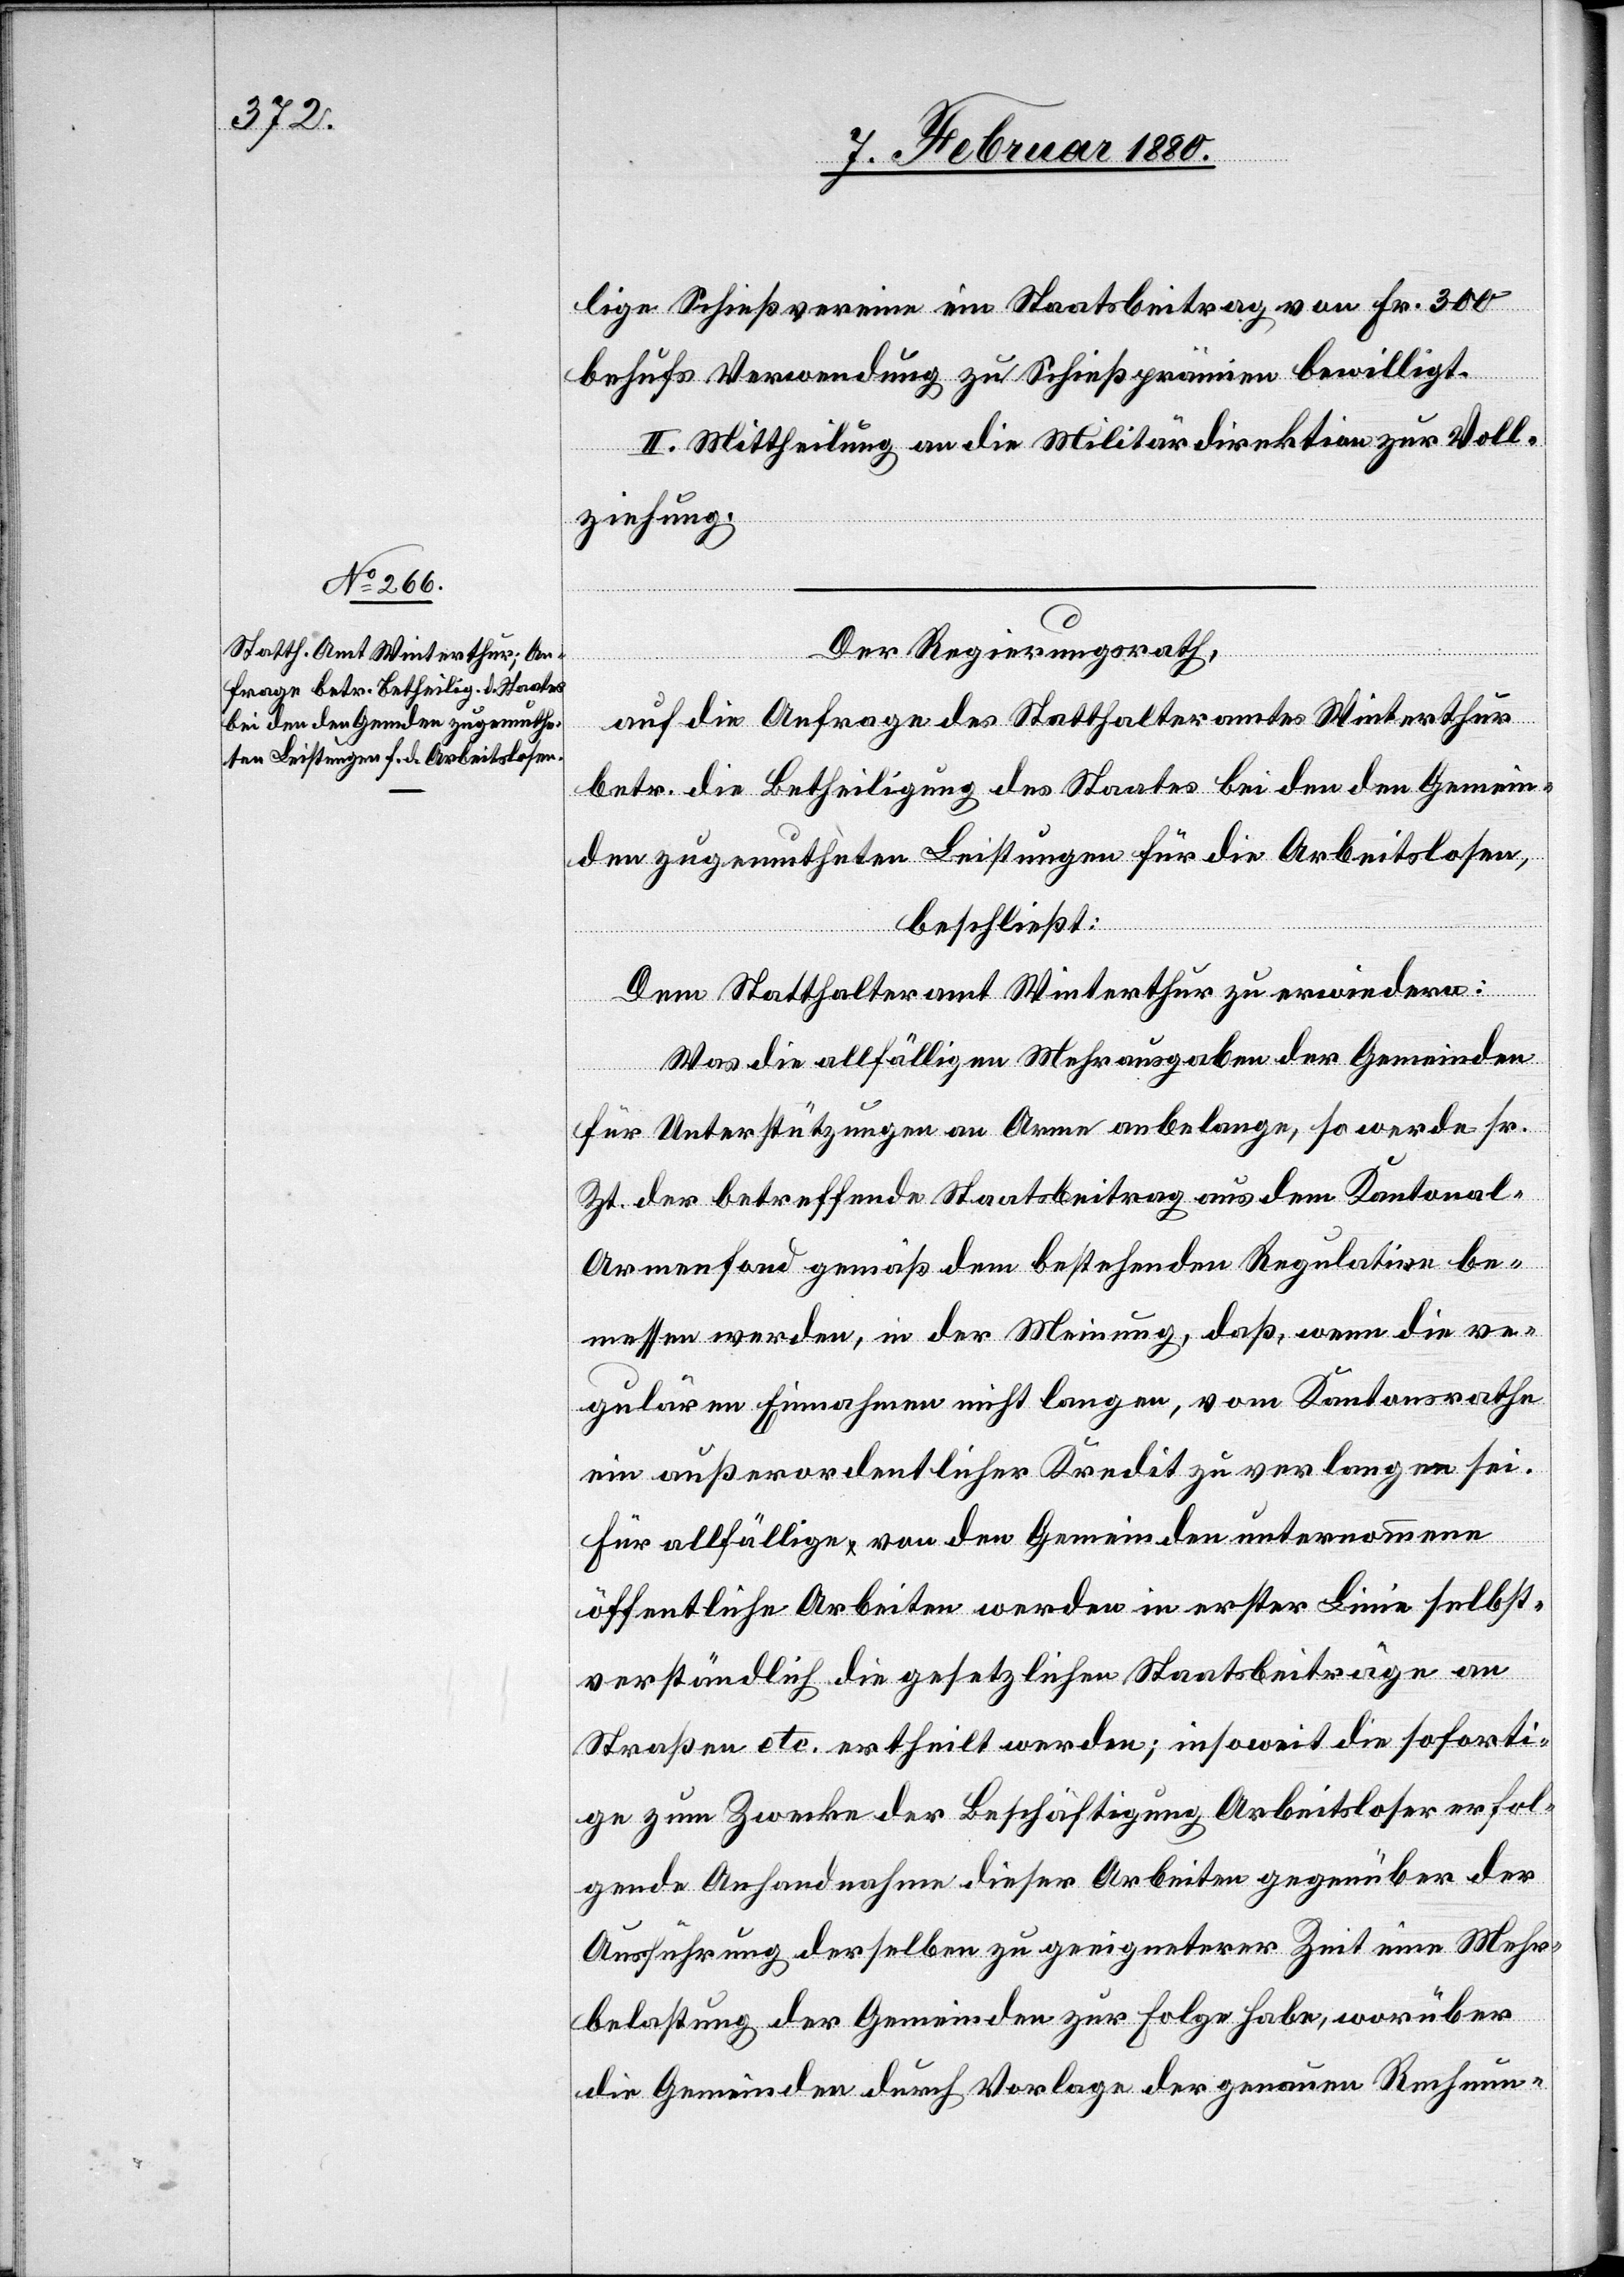
lige Schießvereine ein Staatsbeitrag von Fr. 300
behufs Verwendung zu Schießprämien bewilligt.
II. Mittheilung an die Militärdirektion zur Voll¬
ziehung.
Der Regierungsrath,
auf die Anfrage des Statthalteramtes Winterthur
betr. die Betheiligung des Staates bei den den Gemein¬
den zugemutheten Leistungen für die Arbeitslosen,
beschließt:
Dem Statthalteramt Winterthur zu erwiedern:
Was die allfälligen Mehrausgaben der Gemeinden
für Unterstützungen an Arme anbelange, so werde sr.
Zt. der betreffende Staatsbeitrag aus dem Kantonal-A¬
rmenfond gemäß dem bestehenden Regulative be¬
messen werden, in der Meinung, daß, wenn die re¬
gulären Einnahmen nicht langen, vom Kantonsrathe
ein außerordentlicher Kredit zu verlangen sei.
Für allfällige von den Gemeinden unternommene
öffentliche Arbeiten werden in erster Linie selbst¬
verständlich die gesetzlichen Staatsbeiträge an
Straßen etc. ertheilt werden; insoweit die soforti¬
ge zum Zwecke der Beschäftigung Arbeitsloser erfol¬
gende Anhandnahme dieser Arbeiten gegenüber der
Ausführung derselben zu geeigneterer Zeit eine Mehr¬
belastung der Gemeinden zur Folge habe, worüber
die Gemeinden durch Vorlage der genauen Rechnun-